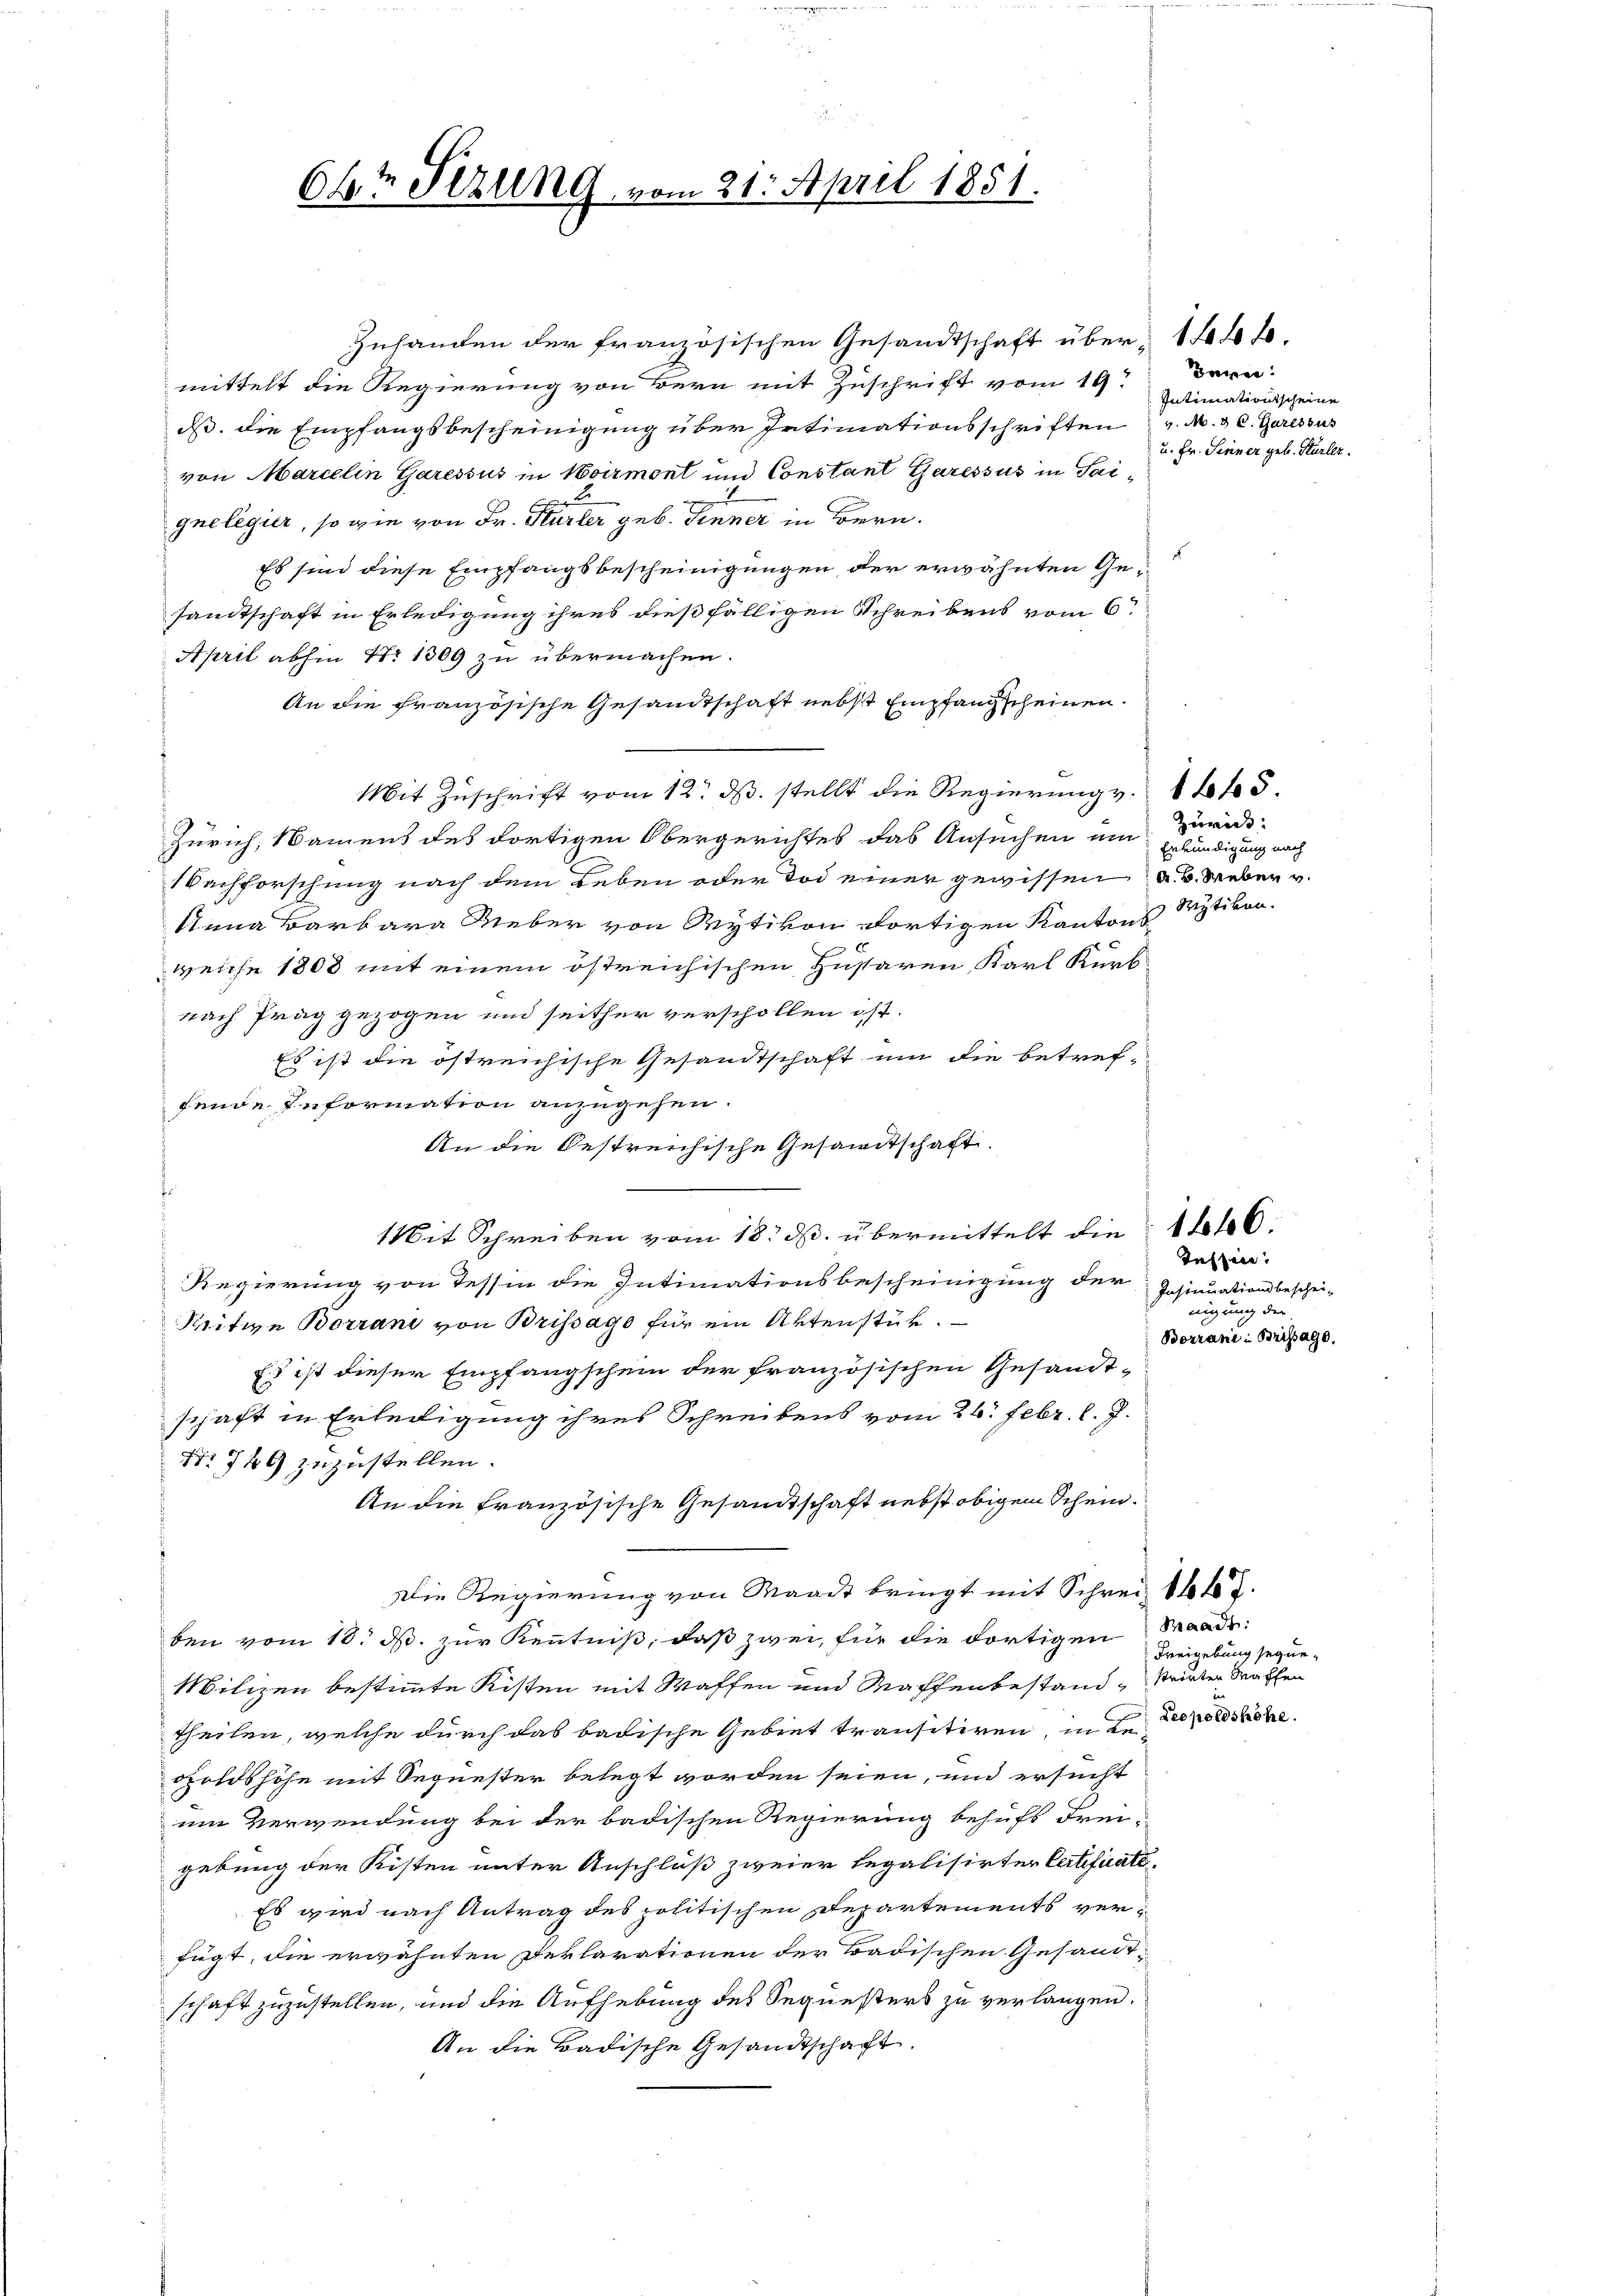
64t Sezung, vom 21. April 1851.

Zuhanden der französischen Gesandtschaft über 14 ff.
mittelt die Regierung von Bern mit Zuschrift vom 19.
ds. die Empfangsbescheinigung über Intimationsschriften v. M. C. Garessus
von Marcelin Garessus in Noirmont und Constant Garessus in Saifr |
gneligier, so wie von Fr. Stürler geb. Fenner in Bern.
Es sind diese Empfangsbescheinigungen der erwähnten Gesandtschaft in Erledigung ihres dießfälligen Schreibens vom 6.
April abhin No 1309 zu übermachen.
An die französische Gesandtschaft nebst Empfangscheinen.
Mit Zuschrift vom 12. ds. stellt die Regierung v. 145.
Zürich, Namens des dortigen Obergerichtes das Ansuchen um
Nachforschung nach dem Leben oder Tod einer gewissen a. u. Weber v.
Unna Barbara Rieber von Wytikon dortigen Kantons Mytikon.
weiche 1808 mit einem östreichischen Zustaren, Karl Kürb
nach Prag gezogen und seither verschollen ist.
Es ist die östreichische Gesandtschaft um die betref-
fende Information anzugehen.
An die Oestreichische Gesamtschaft.
Mit Schreiben vom 18. ds. übermittelt die Alb
Regierung von Tessin die Intimationsbescheinigung der Insinuationsbeschei-
Kritive Borrani von Brissago für ein Aktenstük.
Es ist dieser Empfangschein der französischen Gesandt-
schaft in Erledigung ihres Schreibens vom 26. Febr. l. J.
No 749 zuzustellen.
An die französische Gesandtschaft nebst obigem Schein¬
Die Regierung von Waadt bringt mit Schrei Peter
ben vom 18. d. zur Kenntniß, daß zwei, für die dortigen Baade¬
Milizen bestimmte Kisten mit Waffen und Waffenbestandtheilen, welche durch das badische Gebiet transitiren, in der Persone
goldshöhe mit Sequester belegt worden seien, und ersucht
um Verwendung bei der badischen Regierung behufs Frei-
gebung der Kisten unter Anschluß zweier legalisirten Certificati¬
Es wird nach Antrag des politischen Repartements verfügt, die erwähnten Deklarationen der Badischen Gesandtschaft zuzustellen, und die Aufhebung des Sequesters zu verlangen.
An die Badische Gesandtschaft.

Bare
Intimationsscheine
u. Hr. Sinner geb. Stürler.

z

Zürich:
Erkündigung nach

tessen.
nigung der
Borrani in Brissage.

Freigebung seyne,
strönten Waffen